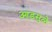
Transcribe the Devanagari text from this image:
आडसुळे